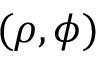
( \rho , \phi )